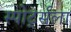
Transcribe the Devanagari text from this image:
स्पोर्ट्सला